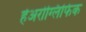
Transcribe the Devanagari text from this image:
हेअरोग्लिफिक